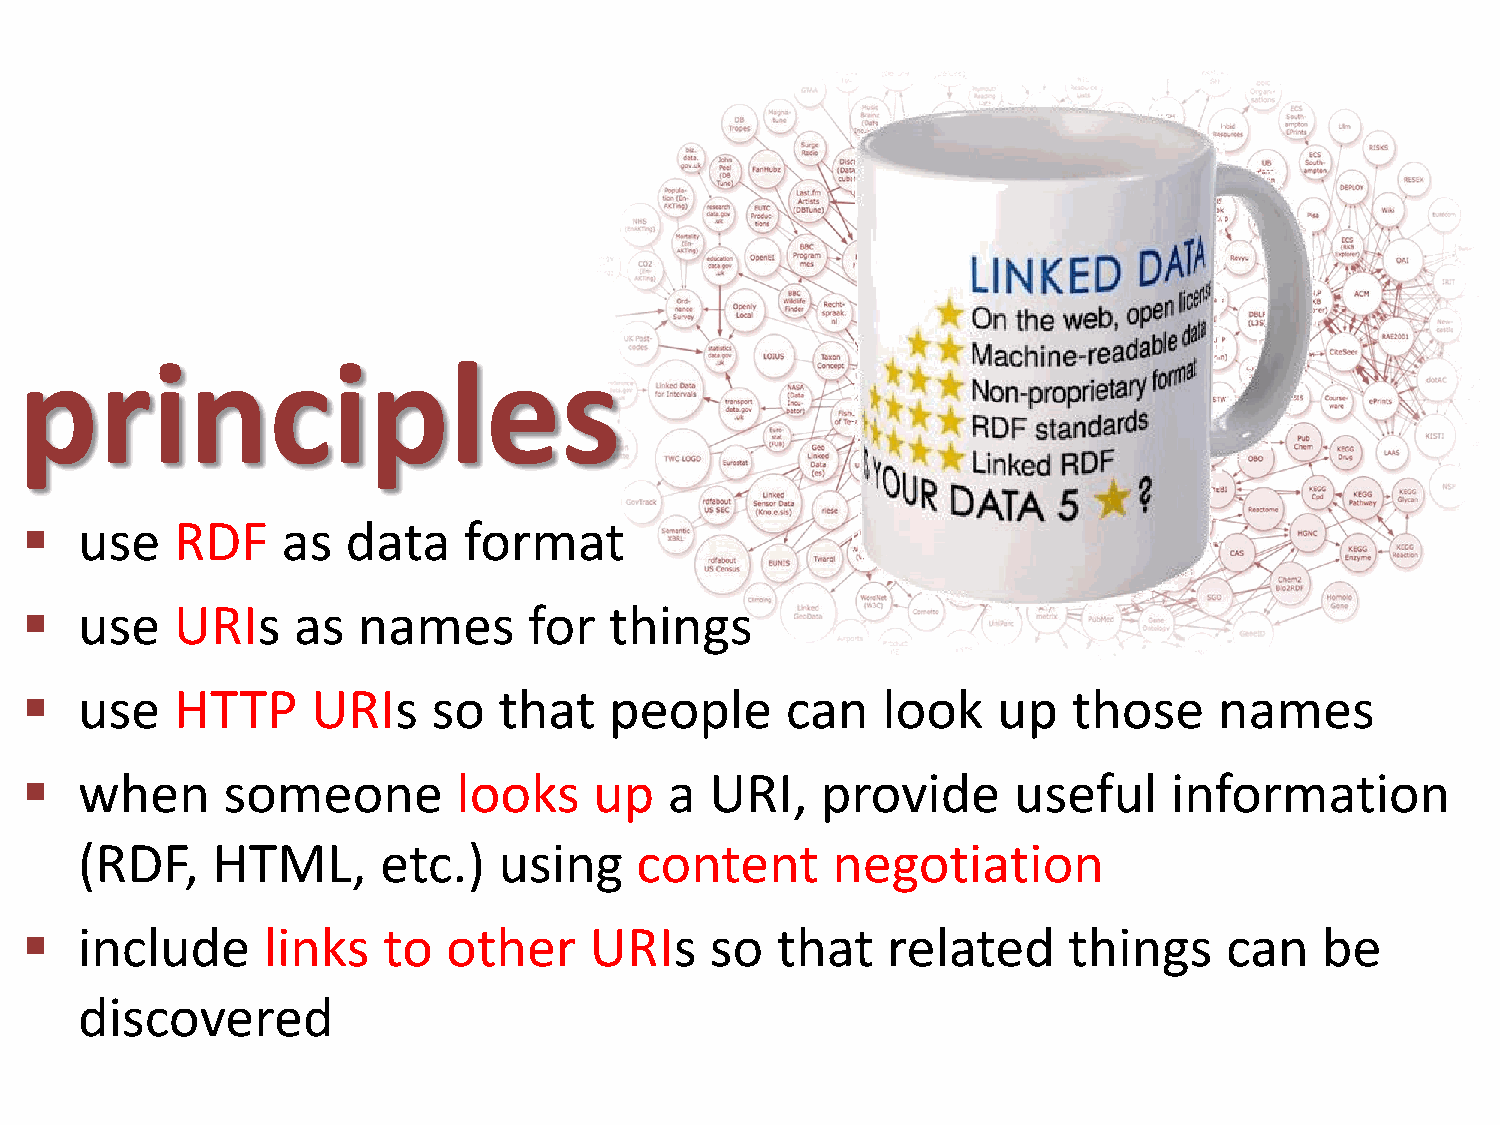
principles
    use    RDF    as  data    format
    use    URIs   as   names      for  things
    use    HTTP     URIs    so  that   people      can   look    up   those     names
    when      someone        looks    up   a  URI,   provide      useful     information
 (RDF,    HTML,      etc.)   using    content      negotiation
    include     links   to   other    URIs    so  that    related     things    can    be
 discovered